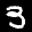
Label: 3